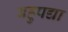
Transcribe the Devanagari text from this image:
बहुपद्या